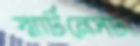
স্মার্টনেসটা